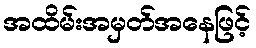
အထိမ်းအမှတ်အနေဖြင့်